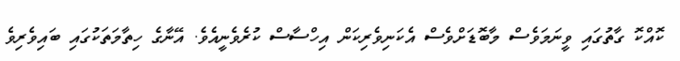
ކޮއްކޮ ގާތުގައި ވީނަމަވެސް މާބޮޑަށްވެސް އެކަނިވެރިކަން އިހްސާސް ކުރެވެނީއެވެ. އޭނާގެ ހިތާމަތަކުގައި ބައިވެރިވެ